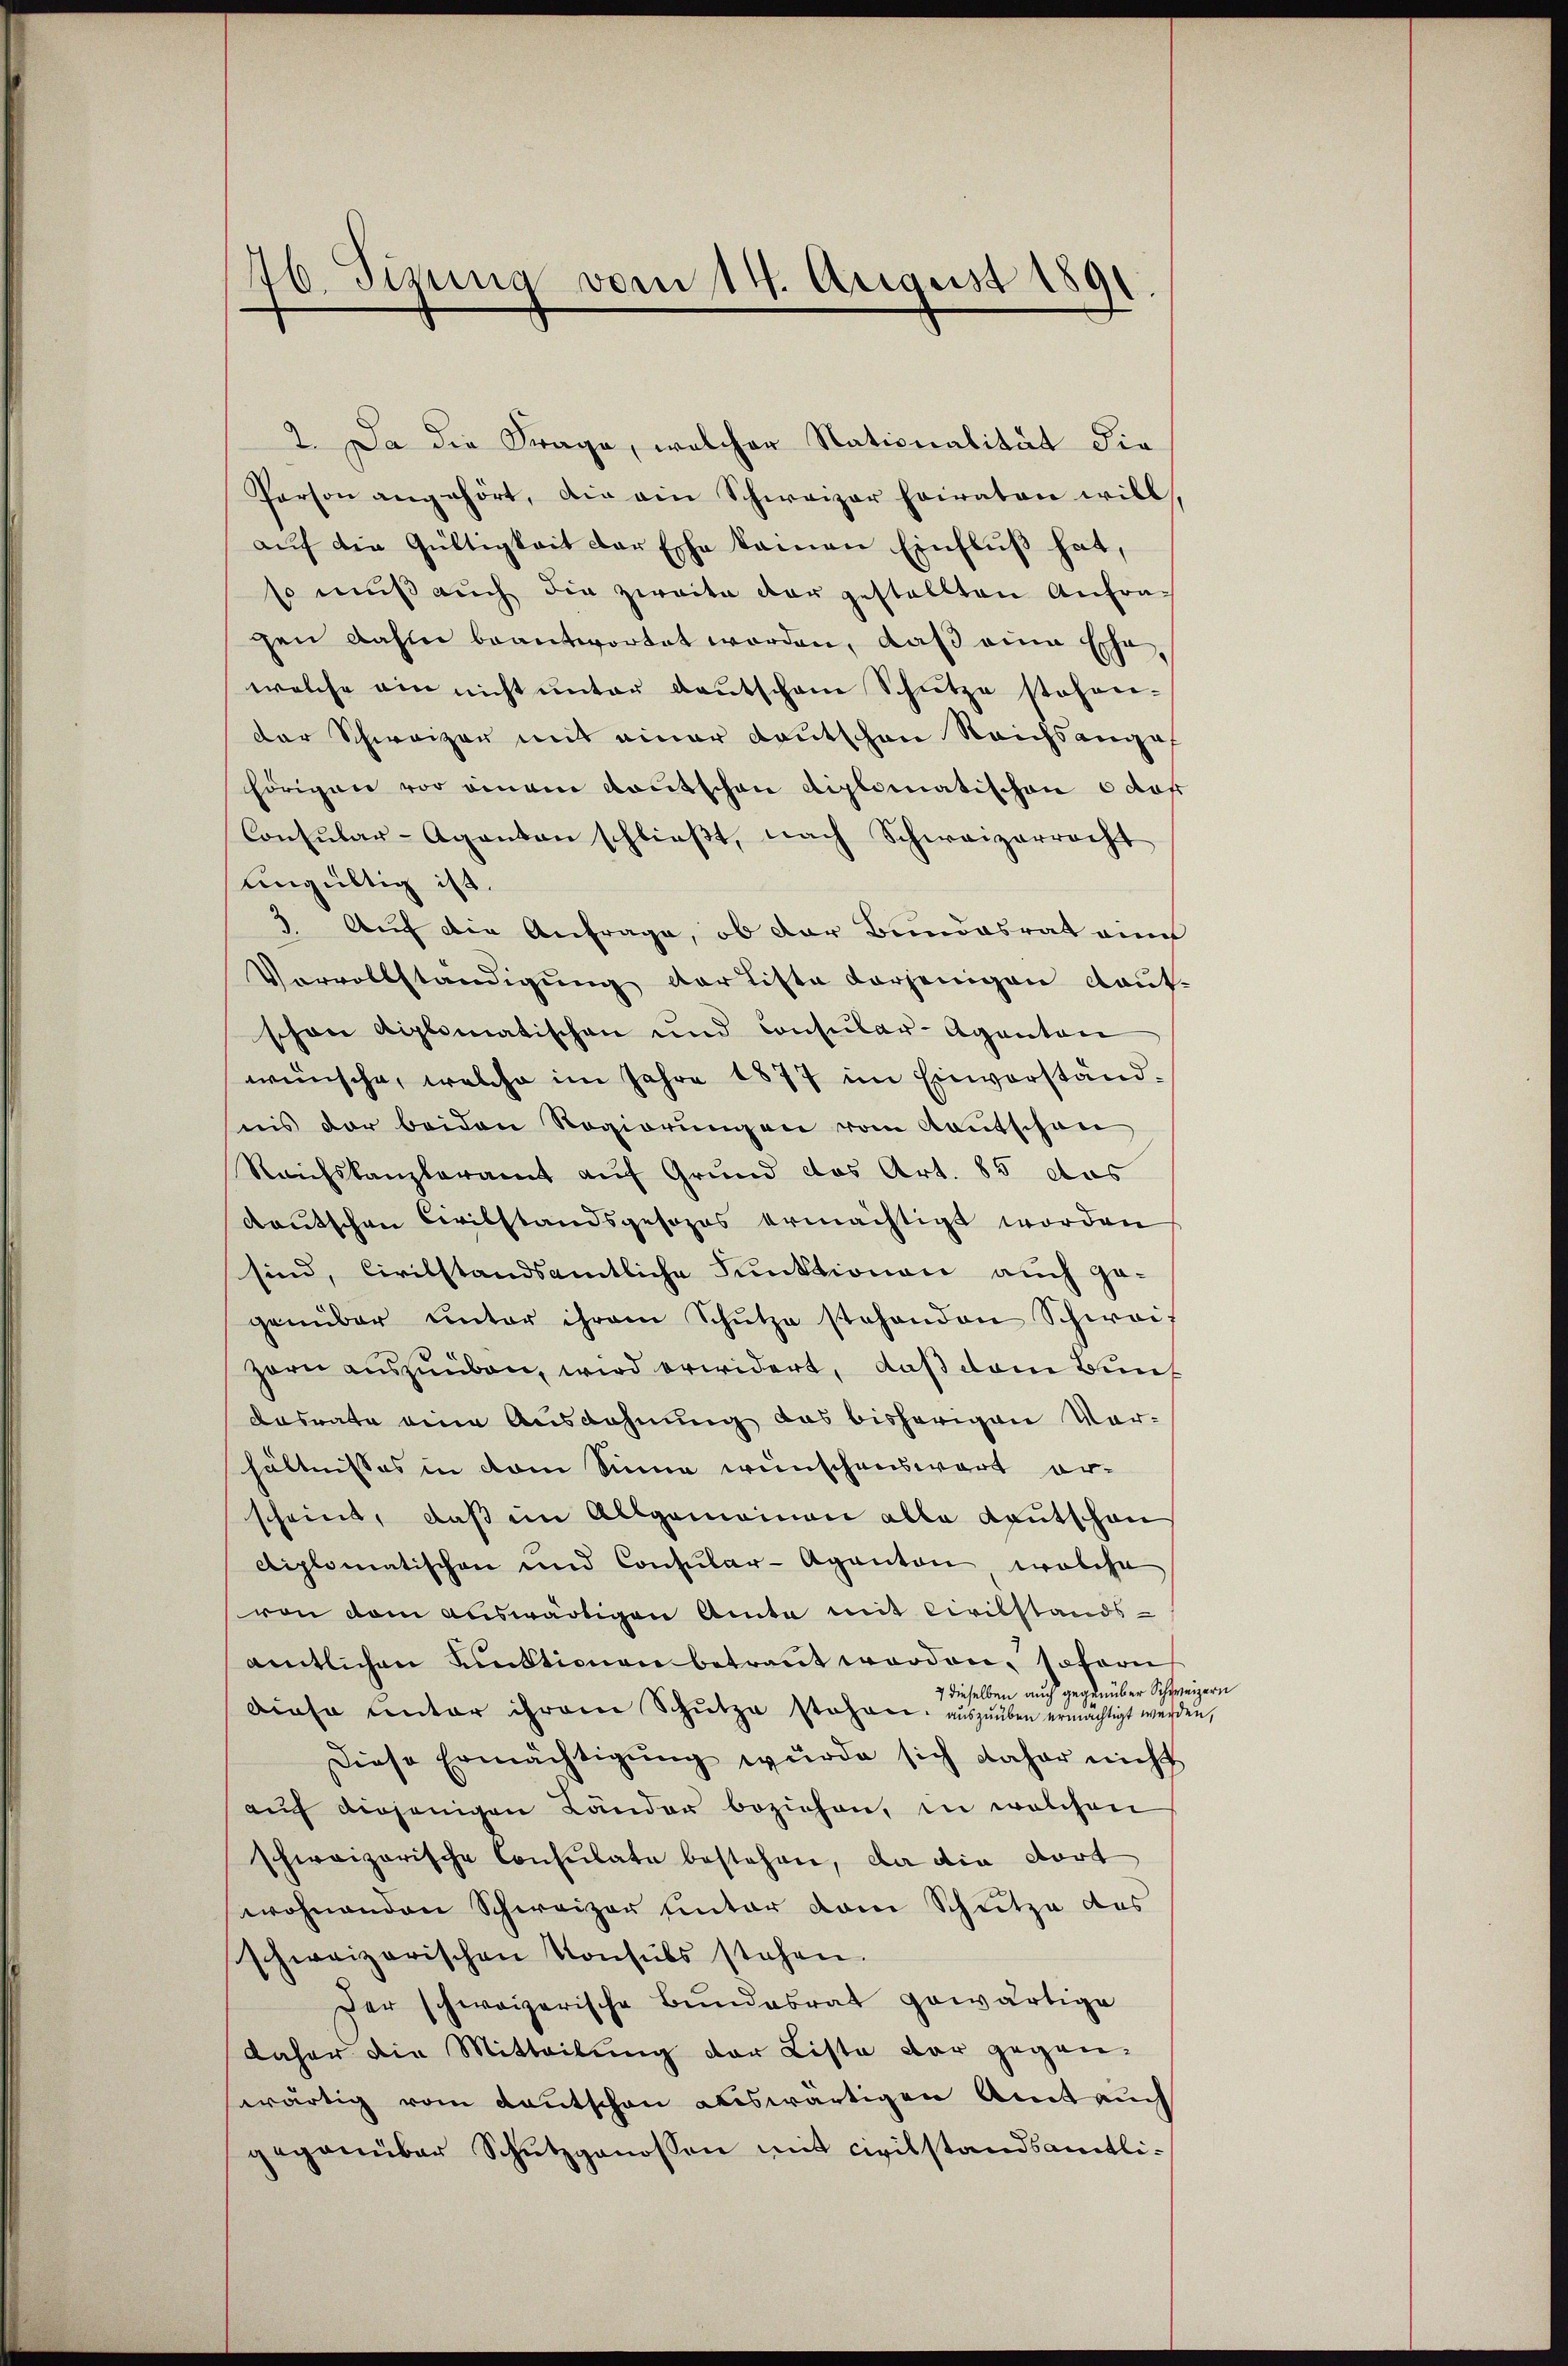
46. Sinung vom 14. August 1891

2. Da die Frage, welcher Nationalität die
Person angehört, die ein Schweizer Eviraten will,
aŭf die Gültigkeit der Esche kamen Einfluß hat,
so muß auch die zweite dar gestellten Anfragen dahin beantwortet worden, daß eine Ehe,
welche ein nicht unter deutscham Schütze stehen-
der Schweizer mit einer Kautschen Reichsangef
hörigen vor einem Kautschen diplomatischen Odof
Consular-Aganton schlieβt, nach Schweizerrecht
ungültig ist.
3. Auf die Anfrage, ob der Bundesrat ain
Vervollständigung der Liste vorjenigen laut
schon diplomatischen und Consular-Aganten
wünsche, welche im Jahre 1877 im Einverständnis der beiden Regierungen vom Kautschen
Reichskanzleramt auf Grund das Art. 85 das
deutschen Civilstandsgesozas ermächtigt worden
sind, Civilstandsamtliche Funktionen auch gegenüber unter ihrem Schŭtze stehenden Schweil
zern auszuüben, wird erwidert, daß dem Bund
dasnate eine Ausdehnung das bisherigen Vor-
hältnisses in dem Sinne wünschenswart er-
scheint, daß im Allgemeinen alle Kautschau
diplomatischen und Consular-Aganton welche
von dem auswärtigen Amte mit Civilstands-
amtlichen Funktionen betraut worden, sofern
auch gegenüber Schweizern
dieselbe
dioso unter ihrem Schutza Posen auszuüben ermächtigt werden,
Diese Ermächtigŭng wurde sich daher nicht
auf diejenigen Länder beziehen, in welchen
schweizerische Consulate bestehen, da die dort
wohnenden Schweizer unter dem Schutze des
schweizerischen Konsuls stehen.
Der schweizerische Bundesrat gewärtige
daher die Mitteilung der Liste der gegen-
wärtig vom Kautschen auswärtigen Amt auch
gegenüber Schutzgenossen mit civilstandsamtli¬